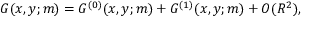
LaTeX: G ( x , y ; m ) = G ^ { ( 0 ) } ( x , y ; m ) + G ^ { ( 1 ) } ( x , y ; m ) + { \cal O } ( R ^ { 2 } ) ,